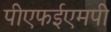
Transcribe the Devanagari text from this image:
पीएफईएमपी